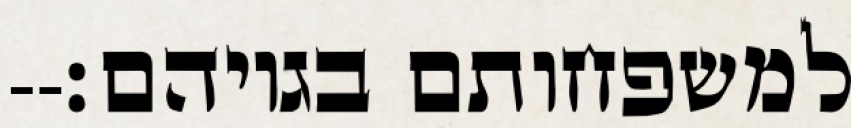
למשפחותם בגויהם׃--